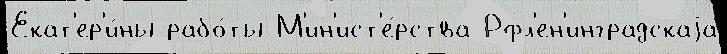
Екат'ер'и́ны рабо́ты М'ин'ист'е́рства Рфл'ен'инградскаjа